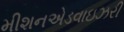
મીશનએડવાઇઝરી